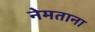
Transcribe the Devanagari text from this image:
नेमताना